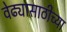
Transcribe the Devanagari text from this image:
वेढ्यासाठीच्या